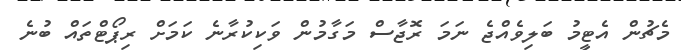
މެޗުން އެޓީމު ބަލިވެއްޖެ ނަމަ ރޮޖާސް މަގާމުން ވަކިކުރާނެ ކަމަށް ރިޕޯޓްތައް ބުނެ